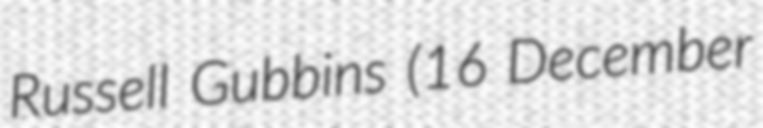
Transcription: Russell Gubbins (16 December